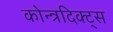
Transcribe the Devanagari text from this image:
कोन्त्रदिक्ट्स